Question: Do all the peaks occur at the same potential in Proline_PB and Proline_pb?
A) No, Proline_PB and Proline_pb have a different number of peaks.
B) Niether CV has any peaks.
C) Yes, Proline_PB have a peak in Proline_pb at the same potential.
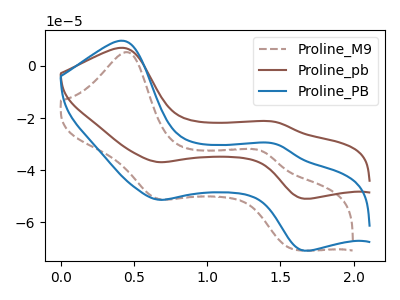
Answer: <think>The brown dashed curve "Proline_M9" has anodic peaks at (0.45V, 5.35uA) (1.40V, -32.90uA) and cathodic peaks at (0.65V, -50.80uA) (1.60V, -70.50uA). The brown curve "Proline_pb" has anodic peaks at (0.45V, 6.90uA) (1.45V, -21.50uA) and cathodic peaks at (0.65V, -36.90uA) (1.65V, -50.95uA). The blue curve "Proline_PB" has anodic peaks at (0.45V, 9.60uA) (1.45V, -29.95uA) and cathodic peaks at (0.65V, -51.35uA) (1.65V, -70.90uA).</think>
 <answer>C) Yes, "Proline_PB" have a peak in "Proline_pb" at the same potential.</answer>
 <eval>C</eval>